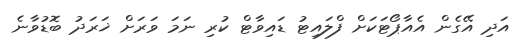
އަދި އޭގެން އެއާޕޯޓަކަށް ފްލައިޓު ޑައިވާޓް ކުރި ނަމަ ވަރަށް ޚަރަދު ބޮޑުވާނެ